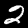
Digit: 2